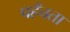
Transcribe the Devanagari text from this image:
पहँचता